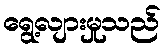
ရွေ့လျားမှုသည်